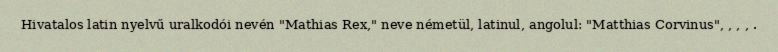
Hivatalos latin nyelvű uralkodói nevén "Mathias Rex," neve németül, latinul, angolul: "Matthias Corvinus", , , , .